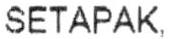
SETAPAK,